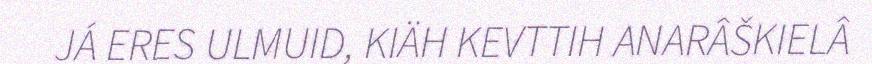
JÁ ERES ULMUID, KIÄH KEVTTIH ANARÂŠKIELÂ